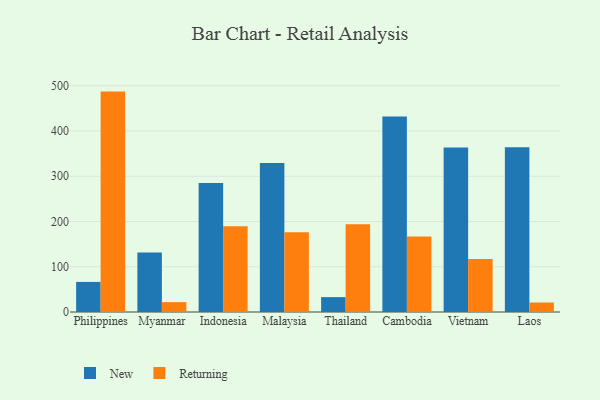
{"axis": {"x": "Country", "y": "Demand Index"}, "legend": ["New", "Returning"], "data": [{"x": "Philippines", "y": 66.5, "type": "New"}, {"x": "Philippines", "y": 487.2, "type": "Returning"}, {"x": "Myanmar", "y": 131.8, "type": "New"}, {"x": "Myanmar", "y": 21.8, "type": "Returning"}, {"x": "Indonesia", "y": 284.9, "type": "New"}, {"x": "Indonesia", "y": 189.8, "type": "Returning"}, {"x": "Malaysia", "y": 329.2, "type": "New"}, {"x": "Malaysia", "y": 176.5, "type": "Returning"}, {"x": "Thailand", "y": 32.9, "type": "New"}, {"x": "Thailand", "y": 194.1, "type": "Returning"}, {"x": "Cambodia", "y": 432.3, "type": "New"}, {"x": "Cambodia", "y": 167.1, "type": "Returning"}, {"x": "Vietnam", "y": 363.9, "type": "New"}, {"x": "Vietnam", "y": 117.2, "type": "Returning"}, {"x": "Laos", "y": 364.0, "type": "New"}, {"x": "Laos", "y": 21.0, "type": "Returning"}]}